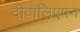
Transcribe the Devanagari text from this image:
दीवालिएपन